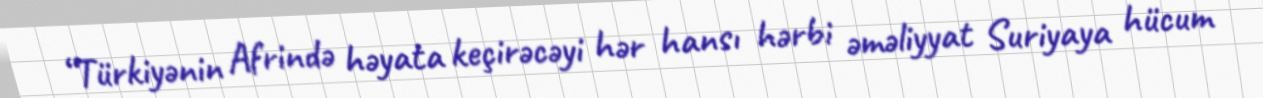
“Türkiyənin Afrində həyata keçirəcəyi hər hansı hərbi əməliyyat Suriyaya hücum